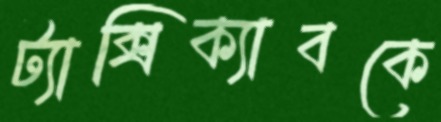
ট্যাক্সিক্যাবকে